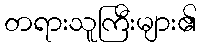
တရားသူကြီးများ၏